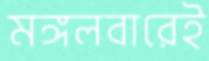
মঙ্গলবারেই